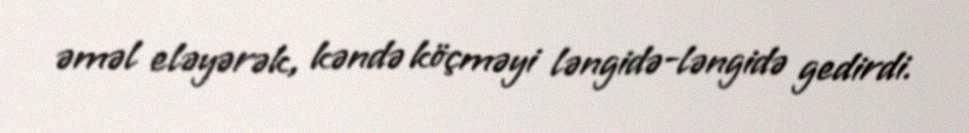
əməl eləyərək, kəndə köçməyi ləngidə-ləngidə gedirdi.